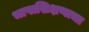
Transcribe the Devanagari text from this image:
भाषाशिक्षणाचा